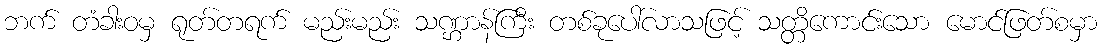
ဘက် တံခါးဝမှ ရုတ်တရက် မည်းမည်း သဏ္ဌာန်ကြီး တစ်ခုပေါ်လာသဖြင့် သတ္တိကောင်းသော မောင်ဖြတ်စမှာ